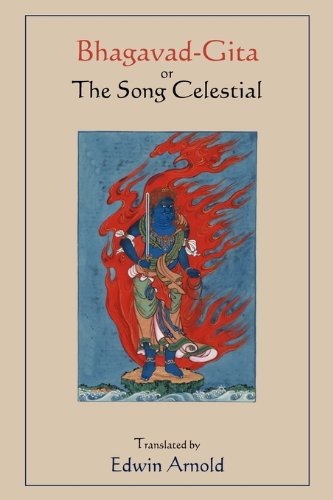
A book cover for Bhagavad-Gita or The Song Celestial.  Translated by Edwin Arnold.; Religion & Spirituality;